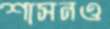
শাসনও